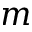
m